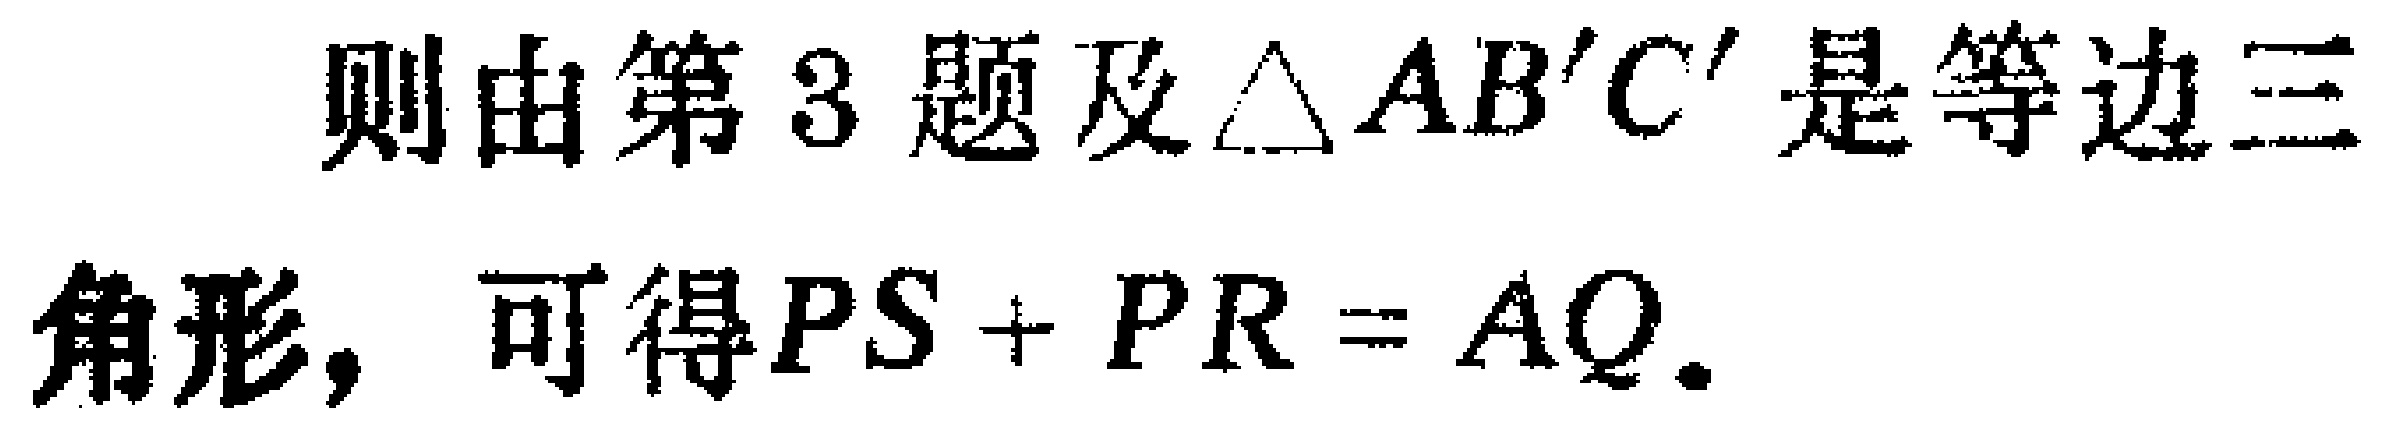
则由第3题及\(\triangle AB'C'\)是等边三角形，可得\(PS + PR = AQ\).